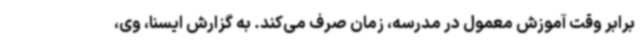
برابر وقت آموزش معمول در مدرسه، زمان صرف می‌کند. به گزارش ایسنا، وی،